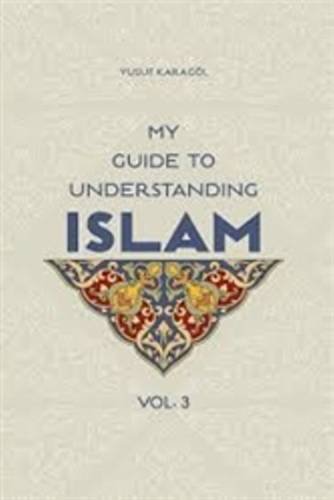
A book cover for My Guide to Understanding Islam (Vol. 3); Yusuf Karagol; Teen & Young Adult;